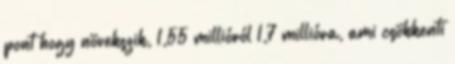
pont hogy növekszik, 1,55 millióról 1,7 millióra, ami csökkenti